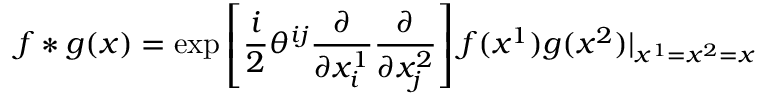
f * g ( x ) = \exp \left[ \frac { i } { 2 } \theta ^ { i j } \frac { \partial } { \partial x _ { i } ^ { 1 } } \frac { \partial } { \partial x _ { j } ^ { 2 } } \right] f ( x ^ { 1 } ) g ( x ^ { 2 } ) | _ { x ^ { 1 } = x ^ { 2 } = x }